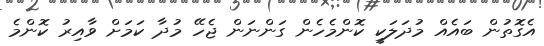
އެގޮތުން ބައެއް މުދަލަކީ ކޮންމެހެން ގަންނަން ޖެހޭ މުދާ ކަމަށް ވާއިރު ކޮންމެ